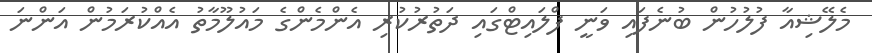
މެލޭޝިއާ ފުލުހުން ބުނެފައި ވަނީ ފްލައިޓްގައި ދަތުރުކުރި އެންމެންގެ މައުލޫމާތު އެއްކުރަމުން އަންނަ